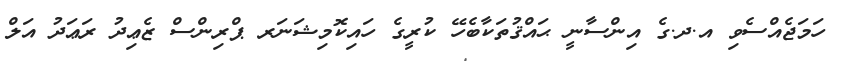
ހަމަޖެއްސެވި އ.ދ.ގެ އިންސާނީ ޙައްޤުތަކާބެހޭ ކުރީގެ ހައިކޮމިޝަނަރ ޕްރިންސް ޒެޢިދު ރަޢަދު އަލް